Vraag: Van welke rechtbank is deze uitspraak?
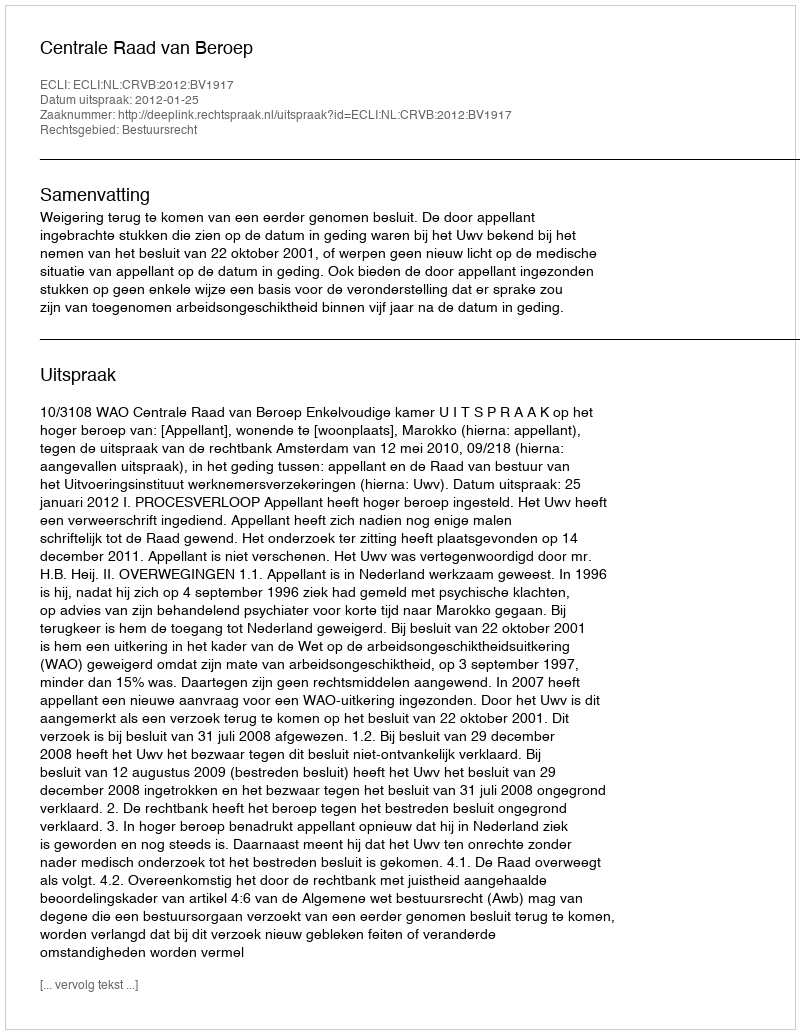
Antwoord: Centrale Raad van Beroep